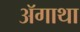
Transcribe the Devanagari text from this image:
ॲगाथा